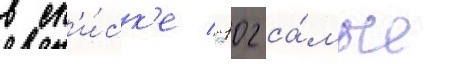
в сп'и́ск'е "102 са́мые